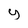
Character: y